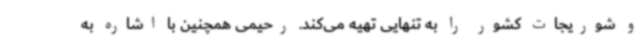
و شوریجات کشور را به تنهایی تهیه می‌کند. رحیمی همچنین با اشاره به